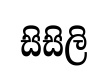
සිසිලි